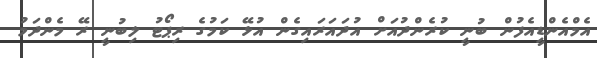
އެމްއެންޑީއެފުން ބުނީ ކުރެންދުއަށް އުދައަރައިގެން އުޅޭ ކަމުގެ ރިޕޯޓު ލިބުނީ ރޭ މެންދަމު